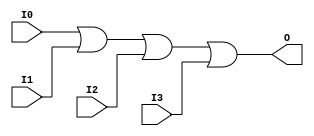
module OR_gate (
    input wire I0,
    input wire I1,
    input wire I2,
    input wire I3,
    output wire O
);

assign O = I0 | I1 | I2 | I3;

endmodule